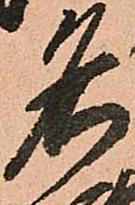
名